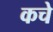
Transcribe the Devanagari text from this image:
कचे